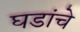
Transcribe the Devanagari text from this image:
घडांचे